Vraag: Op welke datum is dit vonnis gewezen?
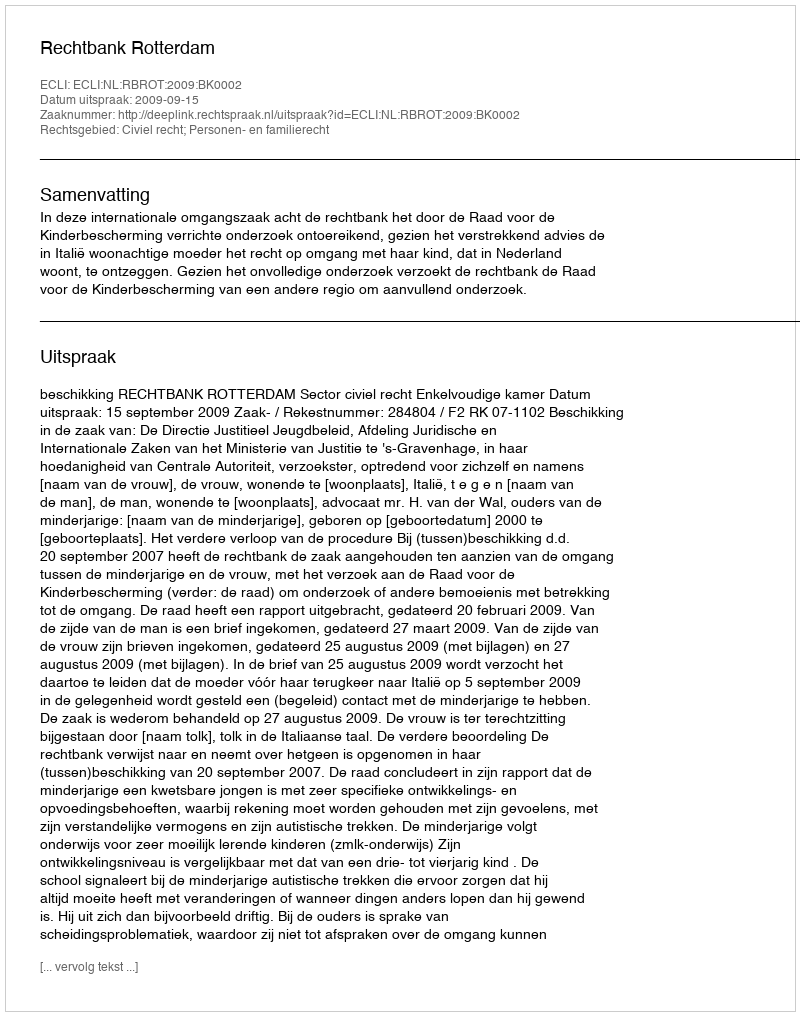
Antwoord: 2009-09-15